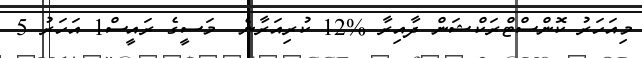
މިއަހަރު ކޮންސްޓްރަކްޝަން ދާއިރާ %12 ކުރިއަރާނެ  މަސީގެ ރައީސް1 އަހަރު 5